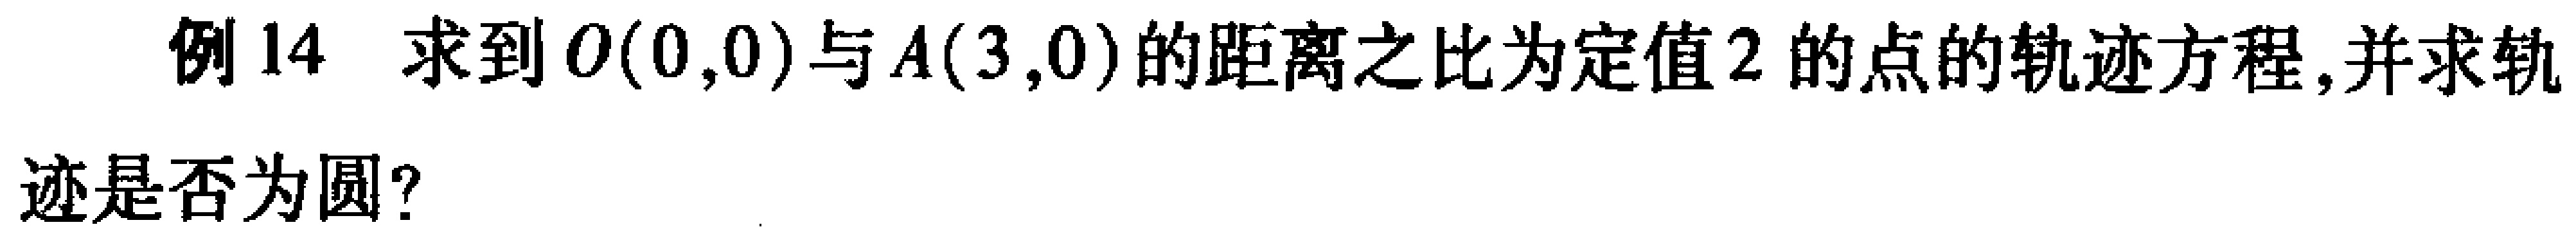
例14 求到\(O(0,0)\)与\(A(3,0)\)的距离之比为定值\(2\)的点的轨迹方程,并求轨
迹是否为圆?